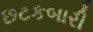
છટકબારી